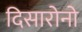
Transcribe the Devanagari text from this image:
दिसारोनो